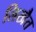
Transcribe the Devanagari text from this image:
लिखैत